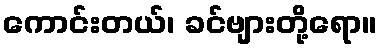
ကောင်းတယ်၊ ခင်ဗျားတို့ရော။